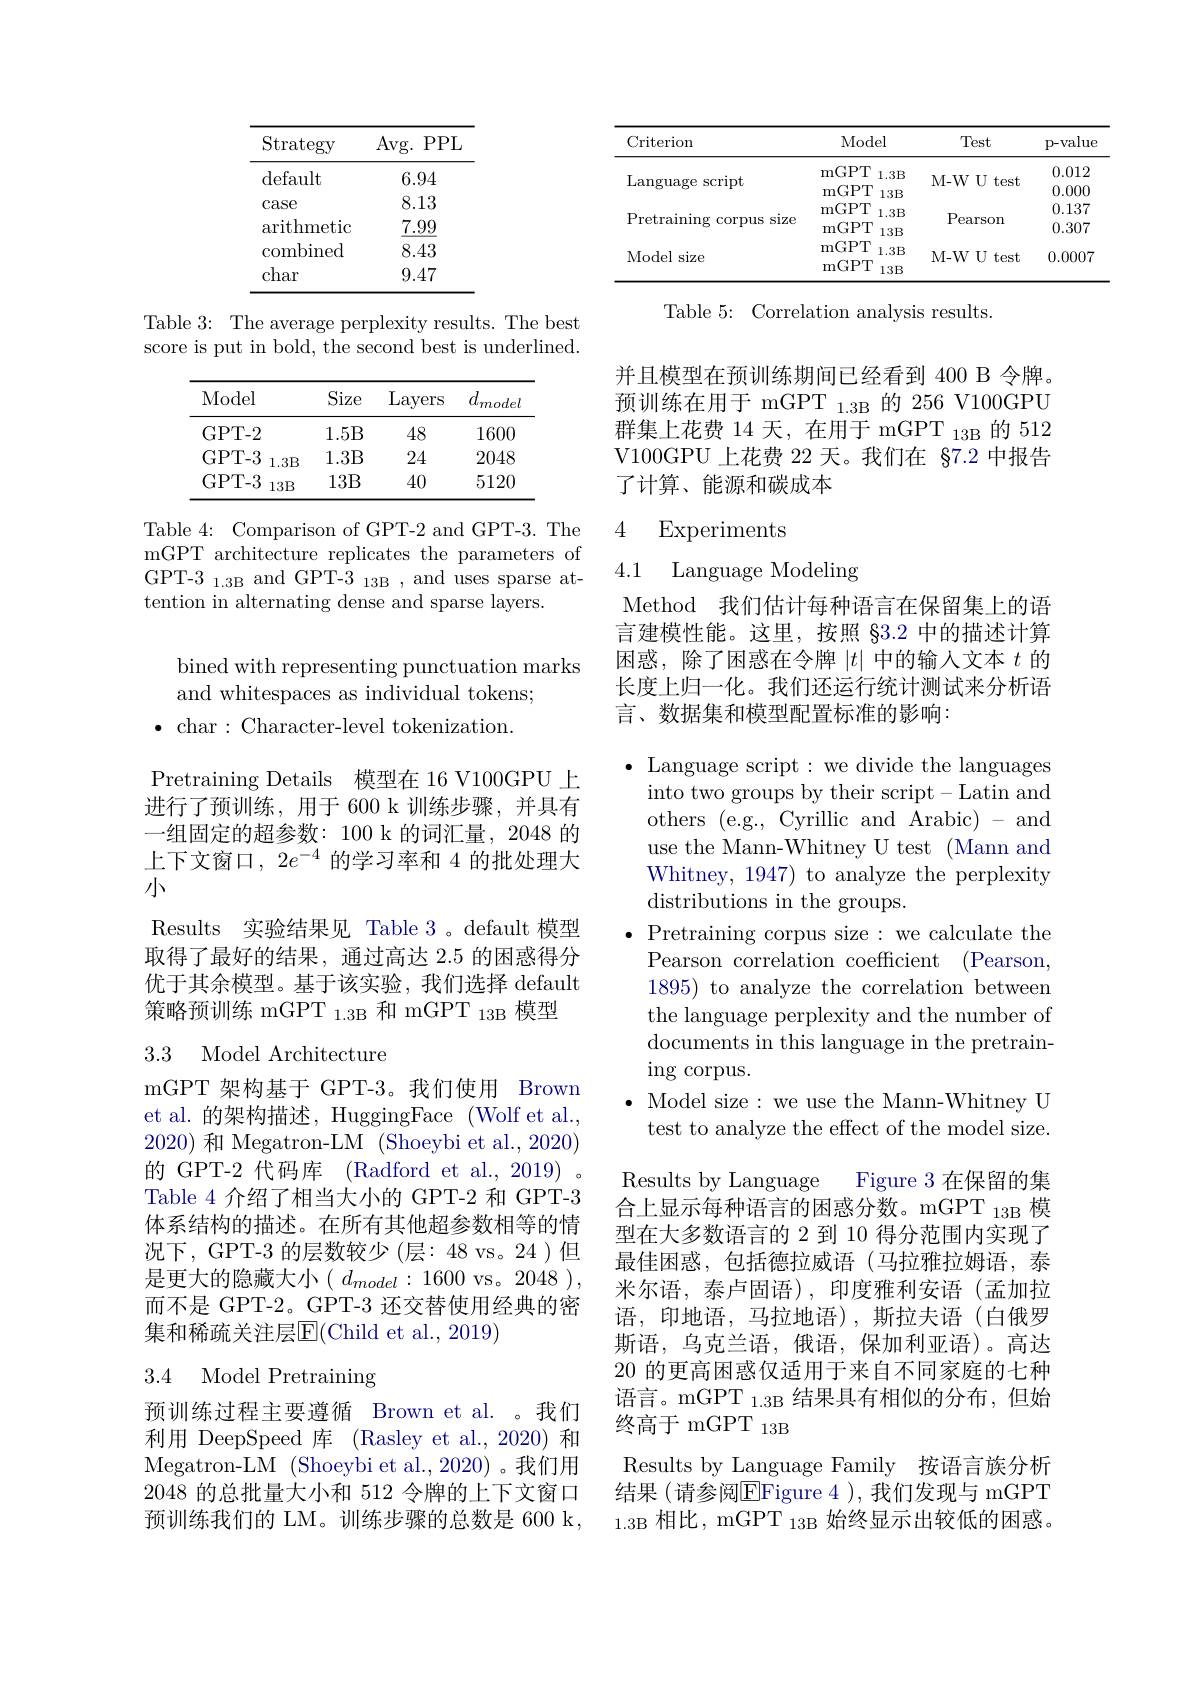
<table>
	<tbody>
		<tr>
			<th>Strategy</th>
			<th>Avg. PPL</th>
		</tr>
		<tr>
			<td>default</td>
			<td>6.94</td>
		</tr>
		<tr>
			<td>case</td>
			<td>8.13</td>
		</tr>
		<tr>
			<td>arithmetic</td>
			<td>$\underline{7.99}$</td>
		</tr>
		<tr>
			<td>combined</td>
			<td>8.43</td>
		</tr>
		<tr>
			<td>char</td>
			<td>9.47</td>
		</tr>
	</tbody>
</table>

Table 3: The average perplexity results. The best score is put in bold, the second best is underlined.

<table>
	<tbody>
		<tr>
			<th>Model</th>
			<th>Size</th>
			<th>Layers</th>
			<th>$d_{model}$</th>
		</tr>
		<tr>
			<td>GPT- 2</td>
			<td>1.5B</td>
			<td>48</td>
			<td>1600</td>
		</tr>
		<tr>
			<td>GPT- 3 1.3B</td>
			<td>1.3B</td>
			<td>24</td>
			<td>2048</td>
		</tr>
		<tr>
			<td>GPT- 3 $13B$</td>
			<td>13B</td>
			<td>40</td>
			<td>5120</td>
		</tr>
	</tbody>
</table>

Table 4: Comparison of GPT-2 and GPT-3. The mGPT architecture replicates the parameters of GPT-3 1.3B and GPT-3 13B , and uses sparse attention in alternating dense and sparse layers.

bined with representing punctuation marks
and whitespaces as individual tokens;
$\bullet$ char:Character-level tokenization.

Pretraining Details 模型在 16 V100GPU 上进行了预训练，用于 600 k 训练步骤，并具有一组固定的超参数：100 k 的词汇量，2048 的上下文窗口，$2e^-4$的学习率和 4 的批处理大小
Results 实验结果见 Table 3。default 模型取得了最好的结果，通过高达 2.5 的困惑得分优于其余模型。基于该实验，我们选择 default 策略预训练 mGPT $_{1.3\mathrm{B}}$和 mGPT 13B 模型

### 3.3 Model Architecture

mGPT 架构基于 GPT-3。我们使用 Brown et al. 的架构描述，HuggingFace (Wolf et al. 2020)和 Megatron-LM (Shoeybi et al., 2020) 的 GPT-2 代码库 (Radford et al., 2019) Table 4 介绍了相当大小的 GPT-2 和 GPT-3体系结构的描述。在所有其他超参数相等的情况下，GPT-3 的层数较少 (层：48 vs。24 )但是更大的隐藏大小$(d_model:1600$vs。2048), 而不是 GPT-2。GPT-3 还交替使用经典的密集和稀疏关注层$\overline{\mathrm{E}}($Child et al., 2019)

## 3.4 Model Pretraining

预训练过程主要遵循 Brown et al. 。我们利用 DeepSpeed 库 (Rasley et al.,2020) 和Megatron- LM ( Shoeybi et al. , 2020) 。我们用2048 的总批量大小和 512 令牌的上下文窗口预训练我们的 LM。训练步骤的总数是 600 k,

<table>
	<tbody>
		<tr>
			<th>Criterion</th>
			<th>Model</th>
			<th>Test</th>
			<th>p-value</th>
		</tr>
		<tr>
			<td rowspan="4">Language $\operatorname{script}$ 1</td>
			<td>mGPT $1.3B$ mGPT $13B$</td>
			<td>M- WU test $\frac{1}{2}=\frac{1}{2}=\frac{1}{2}$ $\frac{1}{2}$ </td>
			<td>0.012 0.000</td>
		</tr>
		<tr>
			<td>mGPT 1.3B</td>
			<td> </td>
			<td>0.012</td>
		</tr>
		<tr>
			<td>mGPT $1.3B$ mGPT $13B$</td>
			<td>M- WU test $\frac{1}{2}$</td>
			<td>0.012 0.000</td>
		</tr>
		<tr>
			<td>.GPT m( $13B$</td>
			<td>$1VI-VVUESU$</td>
			<td>0.000</td>
		</tr>
		<tr>
			<td rowspan="2">$\operatorname{Pretraining}$ ${\mathrm{g~corpus~size}}$ </td>
			<td>mGPT $1.3B$</td>
			<td> </td>
			<td>0.137</td>
		</tr>
		<tr>
			<td>mGPT $13B$</td>
			<td>Pearson</td>
			<td>0.307</td>
		</tr>
		<tr>
			<td>Model size</td>
			<td>mGPT $1.3B$ mGPT $13B$</td>
			<td>M- WU test $\frac{1}{2}$</td>
			<td>0.0007</td>
		</tr>
	</tbody>
</table>

Table 5: Correlation analysis results

并且模型在预训练期间已经看到 400 B 令牌。预训练在用于 mGPT $_{1.3\mathrm{B}}$的 256 V100GPU 群集上花费 14 天，在用于 mGPT 13B 的 512 V100GPU 上花费 22 天。我们在 §7.2 中报告了计算、能源和碳成本

4 Experiments

4.1 Language Modeling

Method 我们估计每种语言在保留集上的语言建模性能。这里，按照 §3.2 中的描述计算困惑，除了困惑在令牌$|t|$中的输人文本$t$的长度上归一化。我们还运行统计测试来分析语言、数据集和模型配置标准的影响：

$\bullet$ Language script:we divide the languages
into two groups by their script-Latin and others (e.g., Cyrillic and Arabic) - and use the Mann-Whitney U test (Mann and Whitney, 1947) to analyze the perplexity distributions in the groups.
$\bullet$ Pretraining corpus size: we calculate the
Pearson correlation coefficient (Pearson, 1895) to analyze the correlation between the language perplexity and the number of documents in this language in the pretraining corpus.
$\bullet$ Model size: we use the Mann-Whitney U test to analyze the effect of the model size.
Results by Language
Figure 3 在保留的集
合上显示每种语言的困惑分数。mGPT $_{13\mathrm{B}}$模型在大多数语言的 2 到 10 得分范围内实现了最佳困惑，包括德拉威语(马拉雅拉姆语，泰米尔语，泰卢固语),印度雅利安语(孟加拉语，印地语，马拉地语),斯拉夫语(白俄罗斯语，乌克兰语，俄语，保加利亚语)。高达20 的更高困惑仅适用于来自不同家庭的七种语言。mGPT $_{1.3\mathrm{B}}$结果具有相似的分布，但始终高于 mGPT 13B
Results by Language Family 按语言族分析结果 (请参阅$\overline{\mathrm{E}}$Figure 4 ),我们发现与 mGPT $_{1.3\mathrm{B}}$相比，mGPT$_13$B始终显示出较低的困惑。